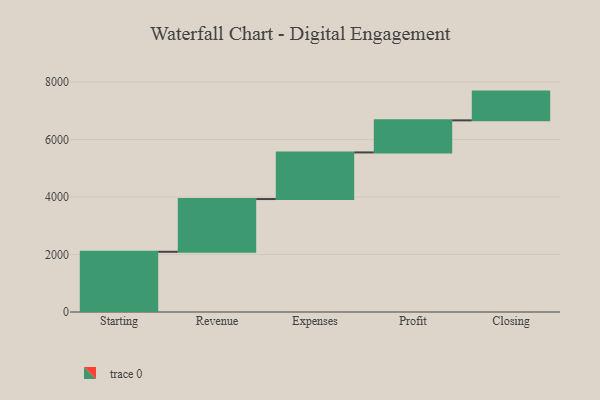
{"axis": {"x": "Step", "y": "Value"}, "legend": [""], "data": [{"x": "Starting", "y": 2095.0, "type": ""}, {"x": "Revenue", "y": 1834.0, "type": ""}, {"x": "Expenses", "y": 1622.0, "type": ""}, {"x": "Profit", "y": 1116.0, "type": ""}, {"x": "Closing", "y": 1000, "type": ""}]}